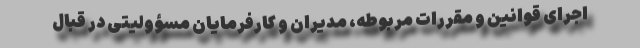
اجرای قوانین و مقررات مربوطه، مدیران و کارفرمایان مسؤولیتی در قبال